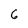
Character: 6